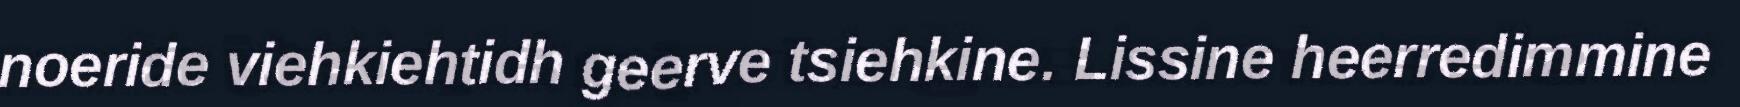
noeride viehkiehtidh geerve tsiehkine. Lissine heerredimmine